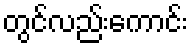
တွင်လည်းကောင်း